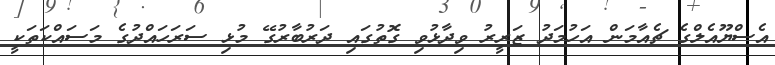
އެސްޔޫއެލްގެ ޗެއާމަން އަހުމަދު ޒަރީރު ވިދާޅުވި ގޮތުގައި ދަރުބާރުގޭ މުޅި ސަރަހައްދުގެ މަސައްކަތަކީ